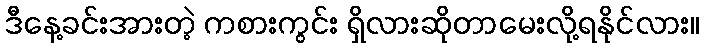
ဒီနေ့ခင်းအားတဲ့ ကစားကွင်း ရှိလားဆိုတာမေးလို့ရနိုင်လား။